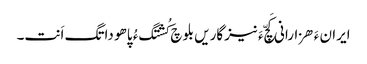
ایران ءَ ھزارانی کَچّ ءَ نیزگاریں بلوچ کُشتگ ءُ پاھو داتگ اَنت۔